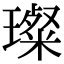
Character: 璨